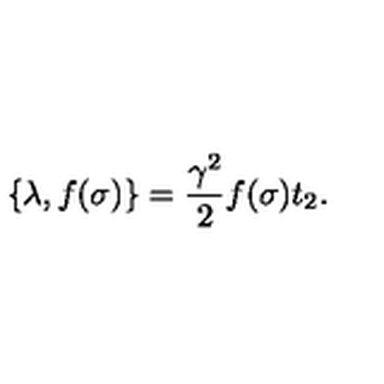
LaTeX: \{ \lambda , f ( \sigma ) \} = \frac { \gamma ^ { 2 } } { 2 } f ( \sigma ) t _ { 2 } .